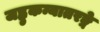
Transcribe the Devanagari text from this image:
जह्नुकन्यातरङ्गे